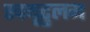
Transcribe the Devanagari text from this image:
स्क्यूटुलम